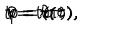
t = t ( \tau ) , \hspace { 0 . 3 c m } r = r ( \tau ) , \hspace { 0 . 3 c m } \theta = \theta ( \tau ) , \hspace { 0 . 3 c m } \varphi = \sigma .